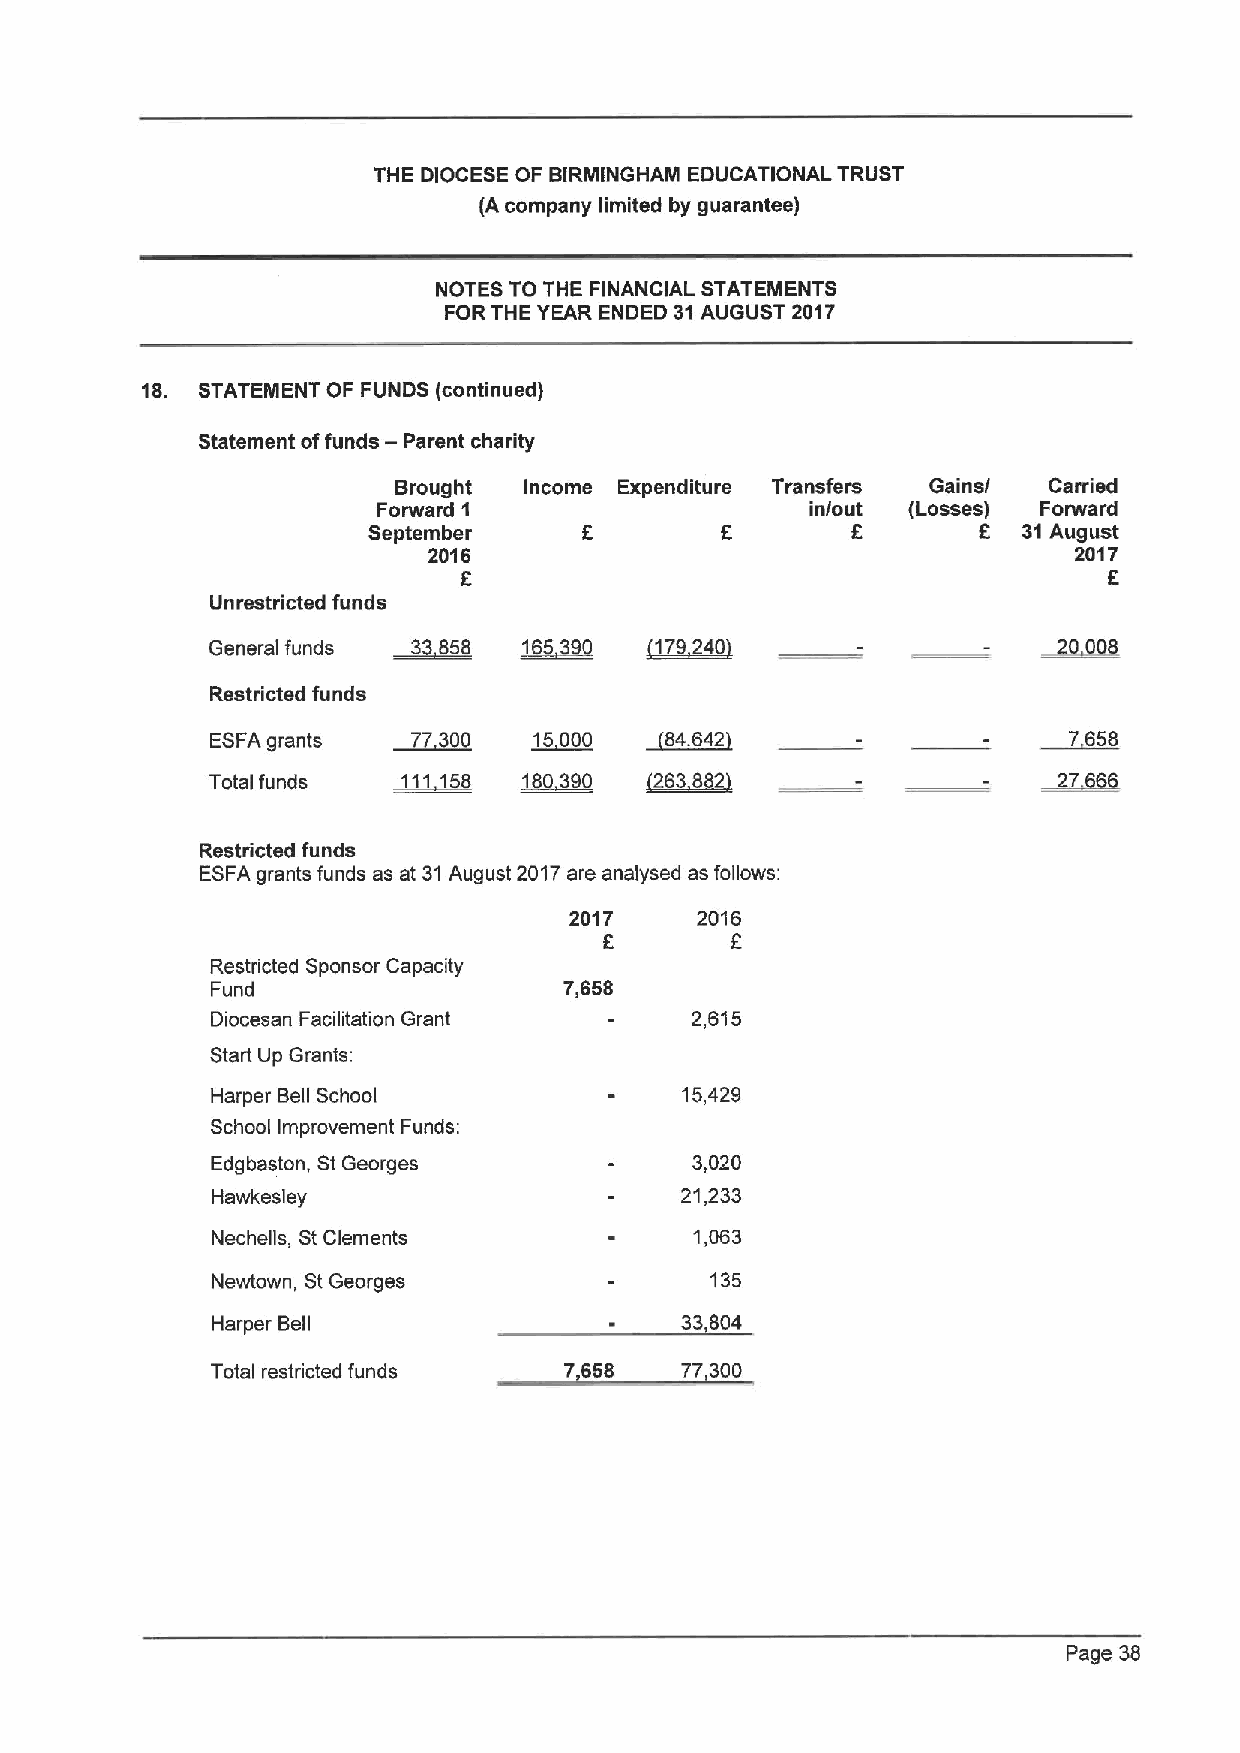
THE DIOCESE OF BIRMINGHAM EDUCATIONAL TRUST
 (A company limited by guarantee)
 NOTES TO THE FINANCIAL STATEMENTS
 FOR THE YEAR ENDED 31AUGUST 2017
 18. STATEMENT OF FUNDS (continued)
 Statement offunds —Parent charity
 Brought  Income Expenditure Transfers Gains/ Carried
 Forward 1                    in/out (Losses) Forward
 September                                8  31August
 2018                                       2017
 E                                          F
 Unrestricted funds
 ~858
 General funds       ~16      179240
 Restricted funds
 ESFAgrants   77300   15000    84642                      7658
 Total funds  111158  180390  2638                      ~27
 Restricted funds
 ESFAgrants funds as at 31August 2017are analysed as follows:
 2017    2016
 8       F
 Restricted Sponsor Capacity
 Fund                   7,858
 Diocesan Facilitation Grant     2,615
 Start Up Grants:
 Harper Bell School             15,428
 School Improvement Funds:
 Edgbaston, St Georges           3,020
 Hawkesley                      21.233
 Nechells, St Clements           1,063
 Newtown, StGeorges               135
 Harper Bell                    33,804
 Total restricted funds 7,658   77,300
 Page 38